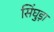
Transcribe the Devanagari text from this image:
सिंघुड़ा